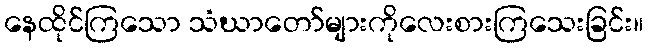
နေထိုင်ကြသော သံဃာတော်များကိုလေးစားကြသေးခြင်း။